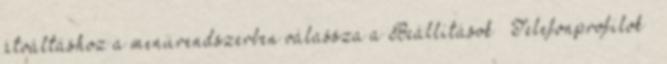
átváltáshoz a menürendszerben válassza a Beállítások → Telefonprofilok →